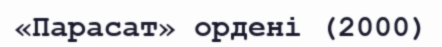
«Парасат» ордені (2000)